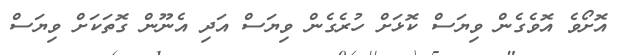
އޮށޯވެ އޮވެގެން ވިޔަސް ކޮޅަށް ހުރެގެން ވިޔަސް އަދި އެނޫން ގޮތަކަށް ވިޔަސް